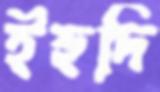
ইহুদি